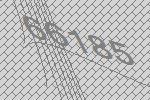
66185